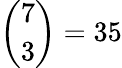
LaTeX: {\binom{7}{3}}=35